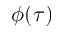
\phi ( \tau )